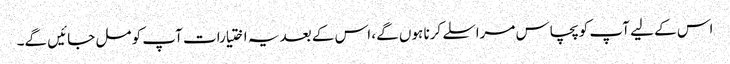
اس کے لیے آپ کو پچاس مراسلے کرنا ہوں گے، اس کے بعد یہ اختیارات آپ کو مل جائیں گے۔